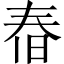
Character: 㫪